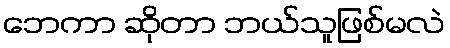
ဘေကာ ဆိုတာ ဘယ်သူဖြစ်မလဲ